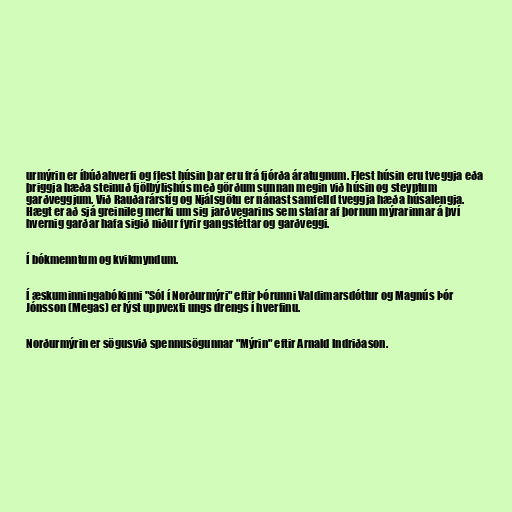
urmýrin er íbúðahverfi og flest húsin þar eru frá fjórða áratugnum. Flest húsin eru tveggja eða
þriggja hæða steinuð fjölbýlishús með görðum sunnan megin við húsin og steyptum
garðveggjum. Við Rauðarárstíg og Njálsgötu er nánast samfelld tveggja hæða húsalengja.
Hægt er að sjá greinileg merki um sig jarðvegarins sem stafar af þornun mýrarinnar á því
hvernig garðar hafa sigið niður fyrir gangstéttar og garðveggi.

Í bókmenntum og kvikmyndum.

Í æskuminningabókinni "Sól í Norðurmýri" eftir Þórunni Valdimarsdóttur og Magnús Þór
Jónsson (Megas) er lýst uppvexti ungs drengs í hverfinu.

Norðurmýrin er sögusvið spennusögunnar "Mýrin" eftir Arnald Indriðason.